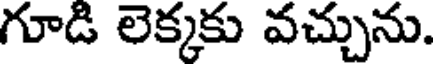
గూడి లెక్కకు వచ్చును.